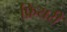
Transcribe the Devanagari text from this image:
फ्रियरी